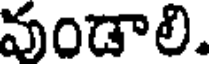
వండాలి.